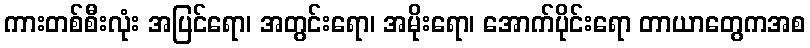
ကားတစ်စီးလုံး အပြင်ရော၊ အတွင်းရော၊ အမိုးရော၊ အောက်ပိုင်းရော တာယာတွေကအစ